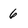
Character: 6